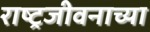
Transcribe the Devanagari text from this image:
राष्ट्रजीवनाच्या